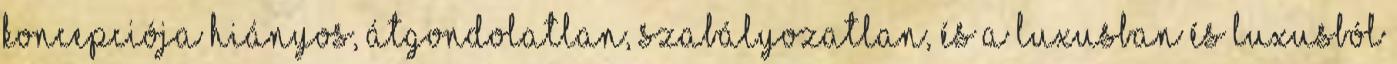
koncepciója hiányos, átgondolatlan, szabályozatlan, és a luxusban és luxusból